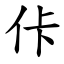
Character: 佧